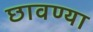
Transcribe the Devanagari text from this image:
छावण्‍या